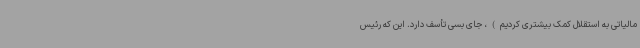
مالیاتی به استقلال کمک بیشتری کردیم)، جای بسی تأسف دارد. این که رئیس